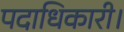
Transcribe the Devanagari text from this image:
पदाधिकारी।